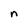
Character: n